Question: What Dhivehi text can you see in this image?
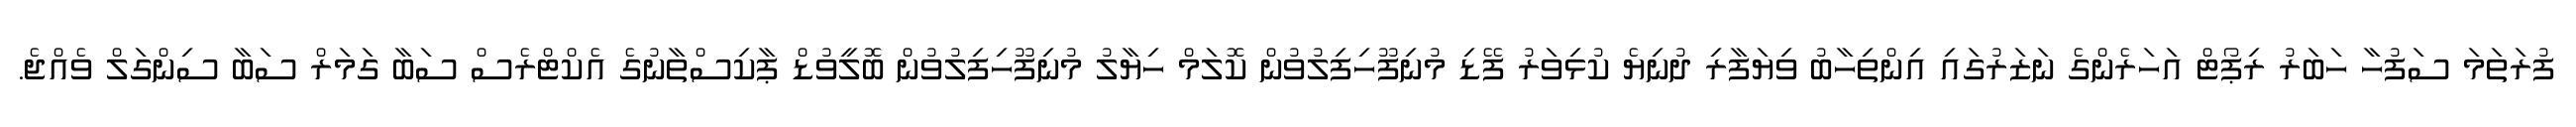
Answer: ފުރަތަމަ ސަފުހާ ހަބަރު ރިޕޯޓް އަހަރެންގެ ނަޒަރުގައި އިންތިހާބު ވިޔަފާރި ދުނިޔެ ކުޅިވަރު ފޭޑި މުނިފޫހިފިލުވުން ކޮލަމް ހިޔާލު މުނިފޫހިފިލުވުން ބޮލީވުޑް ޕާކިސްތާނުގެ އެކްޓްރެސް ސަބާ ގަމަރް ސަބާ ސިންގަލް ވެއްޖެ.